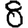
Digit: 8